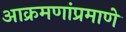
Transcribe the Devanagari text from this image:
आक्रमणांप्रमाणे